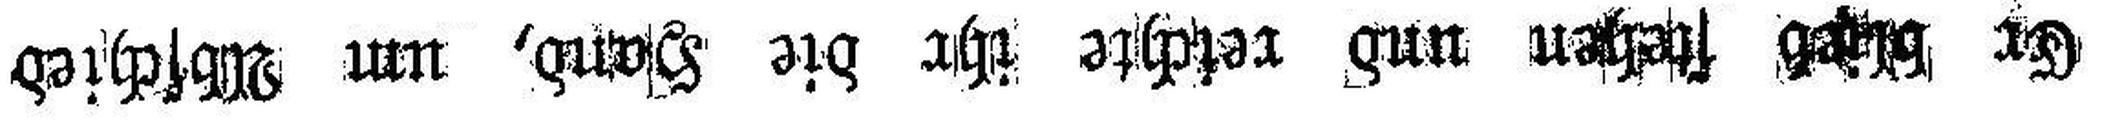
Er blieb stehen und reichte ihr die Hand, um Abschied